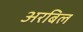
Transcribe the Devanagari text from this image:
अरबिल